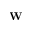
\mathbf { W }